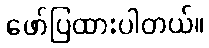
ဖော်ပြထားပါတယ်။